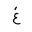
Letter: _gayn